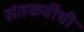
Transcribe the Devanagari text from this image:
संतकवींची